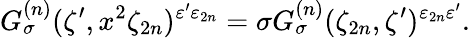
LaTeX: G_{\sigma}^{(n)}(\zeta^{\prime},x^{2}\zeta_{2n})^{\varepsilon^{\prime}\varepsilon_{2n}}=\sigma G_{\sigma}^{(n)}(\zeta_{2n},\zeta^{\prime})^{\varepsilon_{2n}\varepsilon^{\prime}}.